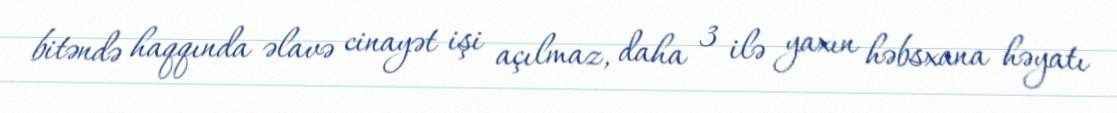
bitəndə haqqında əlavə cinayət işi açılmaz, daha 3 ilə yaxın həbsxana həyatı